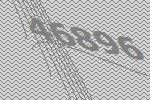
46896